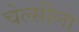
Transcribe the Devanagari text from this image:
चेल्सीला